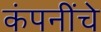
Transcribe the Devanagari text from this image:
कंपनींचे